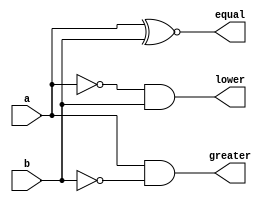
//1 bit_comparator using data flow modeling
module comp_data(a,b,equal,greater,lower);

output equal;
output greater;
output lower;

input a;
input b;

assign equal = a~^b;
assign lower = (~a)&b;
assign greater = a&(~b);

endmodule